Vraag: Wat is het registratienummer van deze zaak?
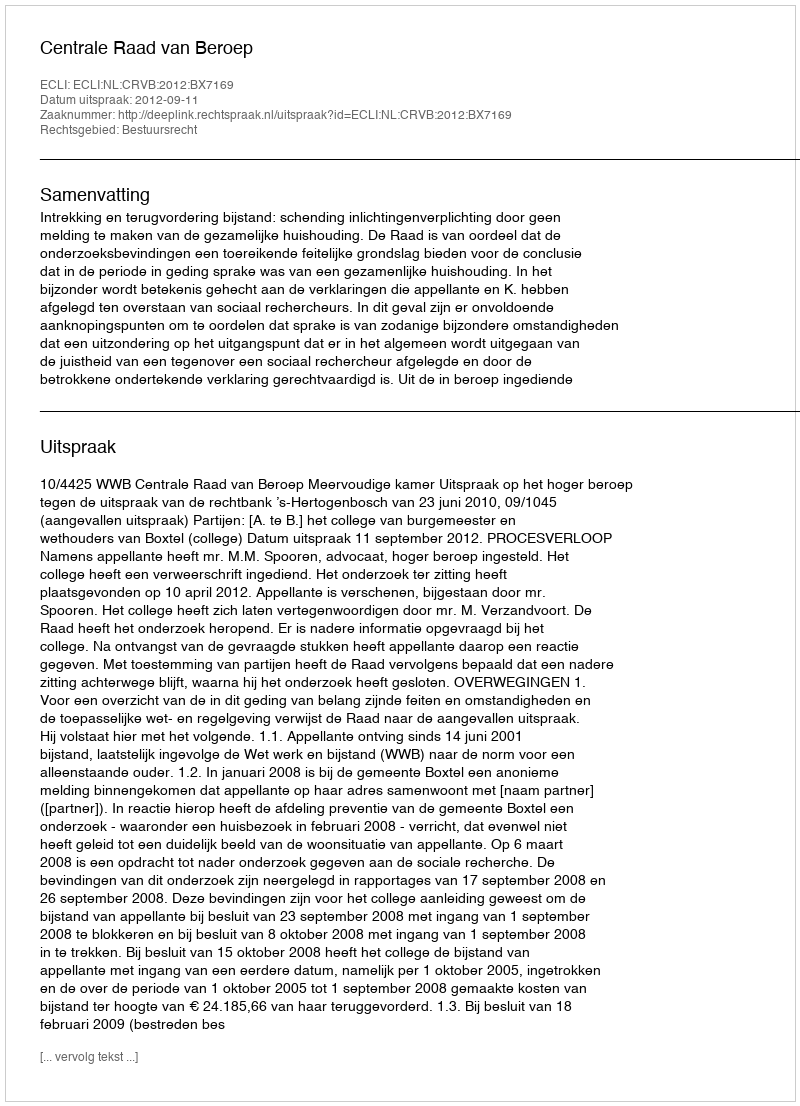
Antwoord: http://deeplink.rechtspraak.nl/uitspraak?id=ECLI:NL:CRVB:2012:BX7169